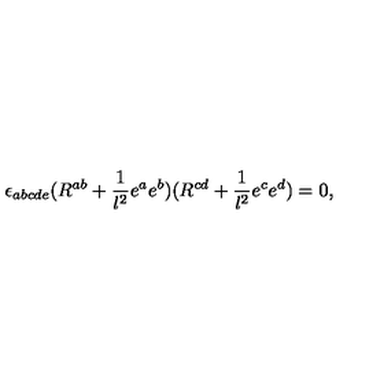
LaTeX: \epsilon _ { a b c d e } ( R ^ { a b } + { \frac { 1 } { l ^ { 2 } } } e ^ { a } e ^ { b } ) ( R ^ { c d } + { \frac { 1 } { l ^ { 2 } } } e ^ { c } e ^ { d } ) = 0 ,